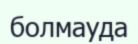
болмауда